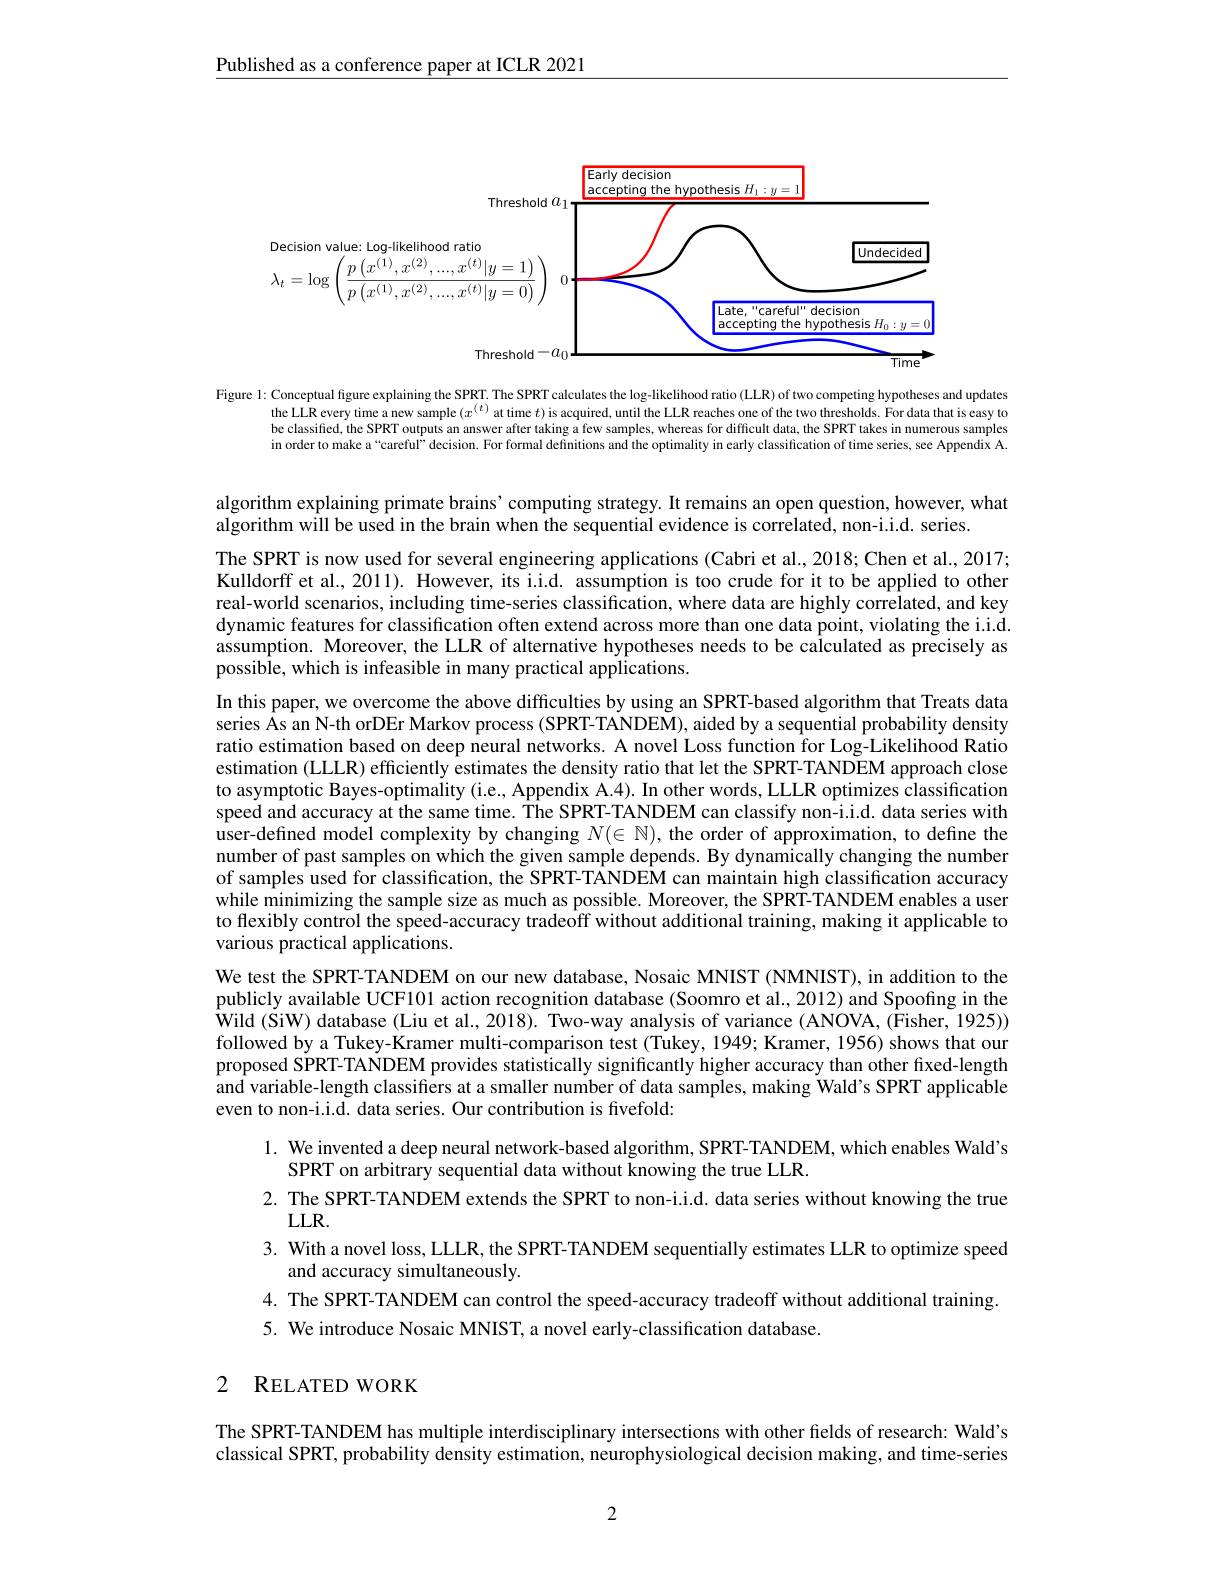
$\underline{\text{Published as a conference paper at ICLR 2021}}$

<FigureHere>

Figure 1: Conceptual figure explaining the SPRT. The SPRT calculates the log-likelihood ratio (LLR) of two competing hypotheses and updates
the LLR every time a new sample $(x^{(t)}$ at time $t)$ is acquired, until the LLR reaches one of the two thresholds. For data that is easy to be classified, the SPRT outputs an answer after taking a few samples, whereas for difficult data, the SPRT takes in numerous samples in order to make a“careful” decision. For formal definitions and the optimality in early classification of time series, see Appendix A.

algorithm explaining primate brains' computing strategy. It remains an open question, however, what
algorithm will be used in the brain when the sequential evidence is correlated, non-i.i.d. series.

The SPRT is now used for several engineering applications (Cabri et al., 2018; Chen et al., 2017; Kulldorff et al., 2011). However, its i.i.d. assumption is too crude for it to be applied to other real-world scenarios, including time-series classification, where data are highly correlated, and key dynamic features for classification often extend across more than one data point, violating the i.i.d. assumption. Moreover, the LLR of alternative hypotheses needs to be calculated as precisely as possible, which is infeasible in many practical applications.
In this paper, we overcome the above difficulties by using an SPRT-based algorithm that Treats data series Ås an N-th orDEr Markov process (SPRT-TANDEM), aided by a sequential probability density ratio estimation based on deep neural networks. A novel Loss function for Log-Likelihood Ratio estimation (LLLR) efficiently estimates the density ratio that let the SPRT-TANDEM approach close to asymptotic Bayes-optimality (i.e., Appendix A.4). In other words, LLLR optimizes classification speed and accuracy at the same time. The SPRT-TANDEM can classify non-i.i.d. data series with $\hat {\text{user- defined model complexity by changing }N}( \in \mathbb{N} ) $, the order of approximation, to define the number of past samples on which the given sample depends. By dynamically changing the number of samples used for classification, the SPRT-TANDEM can maintain high classification accuracy while minimizing the sample size as much as possible. Moreover, the SPRT-TANDEM enables a user to flexibly control the speed-accuracy tradeoff without additional training, making it applicable to various practical applications.
We test the SPRT-TANDEM on our new database, Nosaic MNIST (NMNIST), in addition to the publicly available UCF101 action recognition database (Soomro et al., 2012) and Spoofing in the $\bar{\text{Wild (SiW) database (Liu et al., 2018). Two-way analysis of variance (ANOVA, (Fisher, 1925))}}$ followed by a Tukey-Kramer multi-comparison test (Tukey, 1949; Kramer, 1956) shows that our proposed SPRT-TANDEM provides statistically significantly higher accuracy than other fixed-length and variable-length classifiers at a smaller number of data samples, making Wald's SPRT applicable even to non-i.i.d. data series. Our contribution is fivefold:
1. We invented a deep neural network-based algorithm, SPRT-TANDEM, which enables Wald's
SPRT on arbitrary sequential data without knowing the true LLR.
2. The SPRT-TANDEM extends the SPRT to non-i.i.d. data series without knowing the true
$LLR.$
3. With a novel loss, LLLR, the SPRT-TANDEM sequentially estimates LLR to optimize speed
and accuracy simultaneously.
4. The SPRT-TANDEM can control the speed-accuracy tradeoff without additional training.
5. We introduce Nosaic MNIST, a novel early-classification database.

# 2 RELATED WORK

The SPRT-TANDEM has multiple interdisciplinary intersections with other fields of research: Wald's classical SPRT, probability density estimation, neurophysiological decision making, and time-series

2